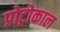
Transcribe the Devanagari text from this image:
प्रोट्रोकाल